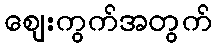
ဈေးကွက်အတွက်